King Institute of Preventive Medicine Bacteriolog. Section reports 1907-08
Year: 1907
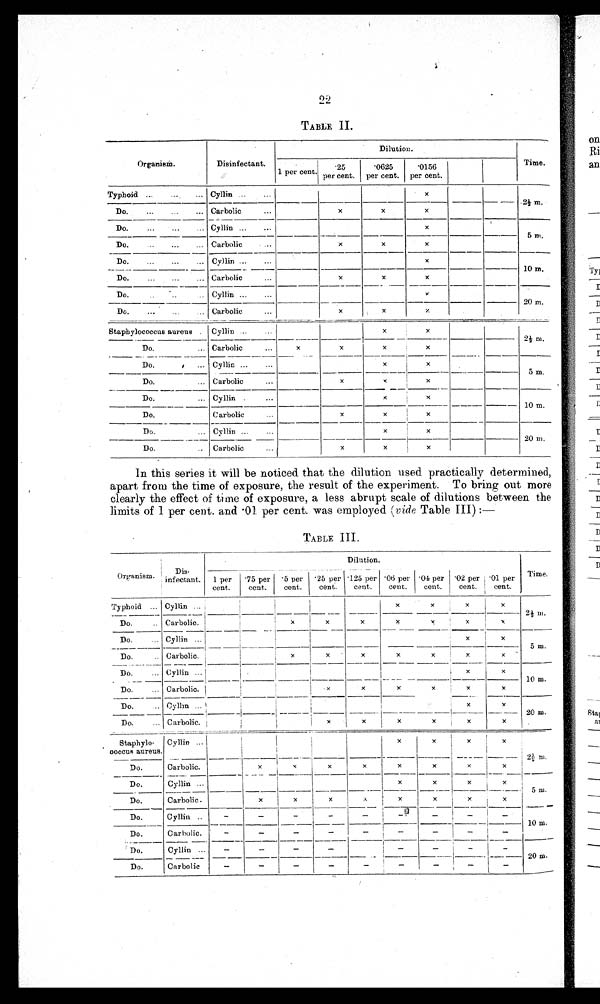
2 2
TABLE II.
Organism.
Disinfectant
Dilution.
1 per cent.
. 25
per cent.
'0625
per cent.
'0156
per cent.
Typhoid
... Cyllin ...
Carbolic
...
x
x
2½ m.
Do.
...
...
x
x
Do.
...
...
... Cyllin ...
...
x
5 m.
Do.
...
Do.
...
...
Carbolic
...
x
x
x
Cyllin ...
...
x
10 m.
Do.
...
... Carbolic
x
x
x
Do.
..
..
.. Cyllin ...
*
20 m.
—
Do.
...
...
.. Carbolic
...
x
x
x
Staphylococcus aurens . Cyllin ..
x
x
2½ m.
—
Do.
... Carbolic
...
x
x
x
x
x
Do.
... Cyllin ...
...
x
5 m.
Do.
... Carbolic
x
x
x
Do.
... Cyllin .
...
x
I
x
10 m.
Do.
Carbolic
x
x
x
Do.
... Cyllin ...
...
x
x
20 m.
Do.
Carbolic
x
I
x
x
In this series it will be noticed that the dilution used practically determined,
apart from the time of exposure, the result of the experiment. To bring out more
clearly the effect of time of exposure, a less abrupt scale of dilutions between the
limits of 1 per cent. and . 01 per cent. was employed ( vide Table III) :—
TABLE III.
D i s
O r g a n i s m
infectant.
'75 per '5 per
Dilution.
125 per 125 per • 06 per 04 per '02 per , '01 per Time,
1 per
cent.
cent.
cent.
cent.
cent.
cent.
cent,
cent.
cent.
Typhoid ... Cyllin ...
i
x
x
x
x
2½ m.
Do.
.. Carbolic.
x
I
x
x
x
x
x
x
x
Do.
... Cyllin ...
x
5 m.
Carbolic.
Cyllin
x
x
x
x
x
x
x -
Do.
..
Do.
...
x
x
—
10 m.
... Carbolic.
.
x
x
x
x
x
x
Do.
.. Cyllin...
x
x
20 m.
Do.
... Carbolic.
j
x
x
x
x
x
x
Staphylo- Cyllin ...
x
x
x
x
ooccus aureus.
x
x
x
----- --. 2 ½m .
Do.
Carbolic.
x
x
x
x
x
x
5 m.
-
—
Do.
Cyllin ...
x
x
x
Do.
x
x
x
x
x
Carbolic.
x
x
Do.
Cyllin ..
-
-
-
-
-
-
-
10 m.
Do.
Carbolic.
-
-
-
-
-
-
-
-
-
Do.
Cyllin ...
-
-
-
-
-
-
-
-
20 m.
Do.
-
-
-
-
i-
-
-
Carbolic
-